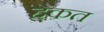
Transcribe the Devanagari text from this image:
हेकत